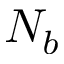
N _ { b }